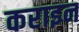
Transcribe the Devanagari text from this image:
कराइन